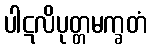
ပါဋလိပုတ္တမက္ခတံ